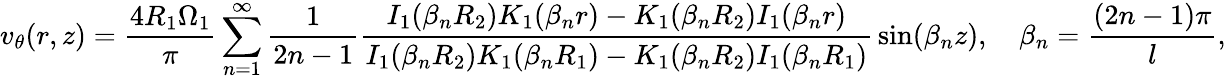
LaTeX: v_{\theta}(r,z)={\frac{4R_{1}\Omega_{1}}{\pi}}\sum_{n=1}^{\infty}{\frac{1}{2n-1}}{\frac{I_{1}(\beta_{n}R_{2})K_{1}(\beta_{n}r)-K_{1}(\beta_{n}R_{2})I_{1}(\beta_{n}r)}{I_{1}(\beta_{n}R_{2})K_{1}(\beta_{n}R_{1})-K_{1}(\beta_{n}R_{2})I_{1}(\beta_{n}R_{1})}}\sin(\beta_{n}z),\quad\beta_{n}={\frac{(2n-1)\pi}{l}},